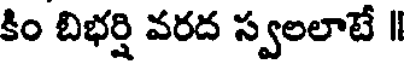
కిం బిభర్షి వరద స్వలలాటే ॥